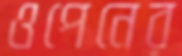
ওপেনের